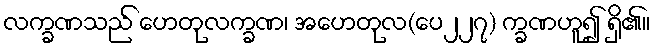
လက္ခဏသည် ဟေတုလက္ခဏ၊ အဟေတုလ(ပေ၂၂၇) က္ခဏဟူ၍ ရှိ၏။